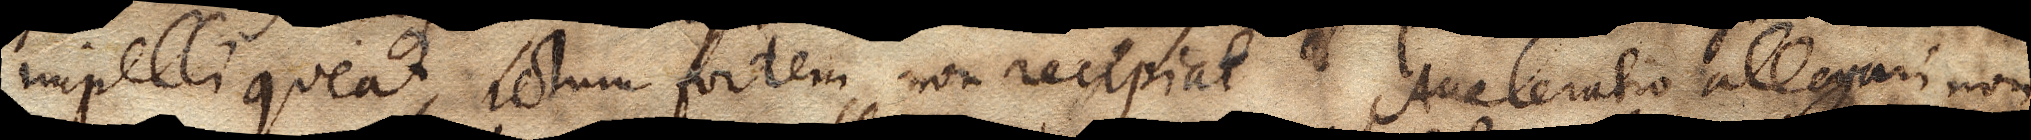
impelli queat, ictum fortem non recipiat. Acceleratio allegari non